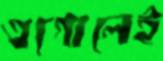
এগোলেই